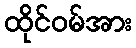
ထိုင်ဝမ်အား